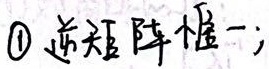
\textcircled{1} 逆矩阵唯一；